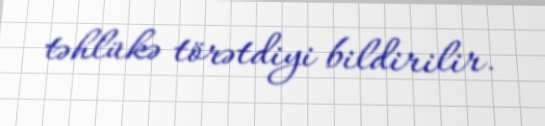
təhlükə törətdiyi bildirilir.